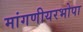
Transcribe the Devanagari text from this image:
मांगणीयरभोपा